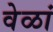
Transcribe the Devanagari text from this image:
वेळां